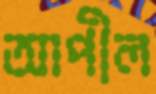
আপীল